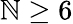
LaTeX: \mathbb{N}\geq6